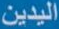
اليدين